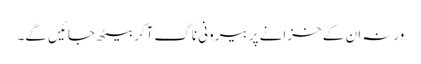
ورنہ ان کے خزانے پر بیرونی ناگ آکر بیٹھ جائیں گے۔